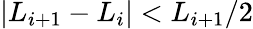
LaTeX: \vert L_{i+1}-L_{i}\vert<L_{i+1}/2